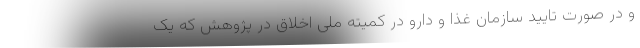
و در صورت تایید سازمان غذا و دارو در کمیته ملی اخلاق در پژوهش که یک